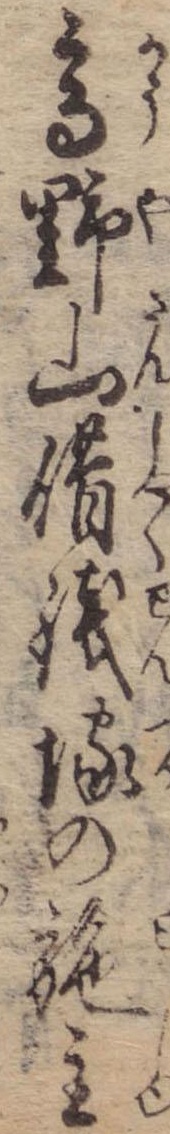
高野山借銭塚の施主